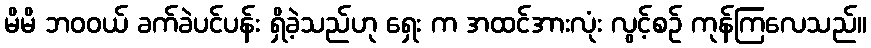
မိမိ ဘဝဝယ် ခက်ခဲပင်ပန်း ရှိခဲ့သည်ဟု ရှေး က အထင်အားလုံး လွင့်စဉ် ကုန်ကြလေသည်။